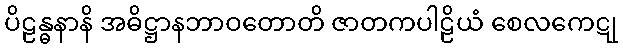
ပိဠန္ဓနာနိ အဓိဋ္ဌာနဘာဝတောတိ ဇာတကပါဠိယံ စေလကေဋု